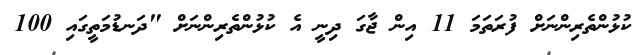
ކުޅުންތެރިންނަށް ފުރަތަމަ 11 އިން ޖާގަ ދިނީ އެ ކުޅުންތެރިންނަށް "ދަނޑުމަތީގައި 100